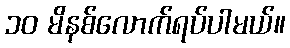
၁၀ မိနစ်လောက်ရပ်ပါမယ်။